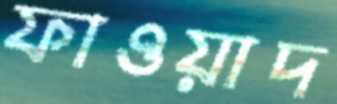
ফাওয়াদ